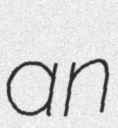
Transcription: an